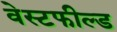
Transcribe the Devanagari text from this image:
वेस्टफील्ड